65_HS1-834228961_62-HQ-83894_Section_8
Agency: FBI
Page 21
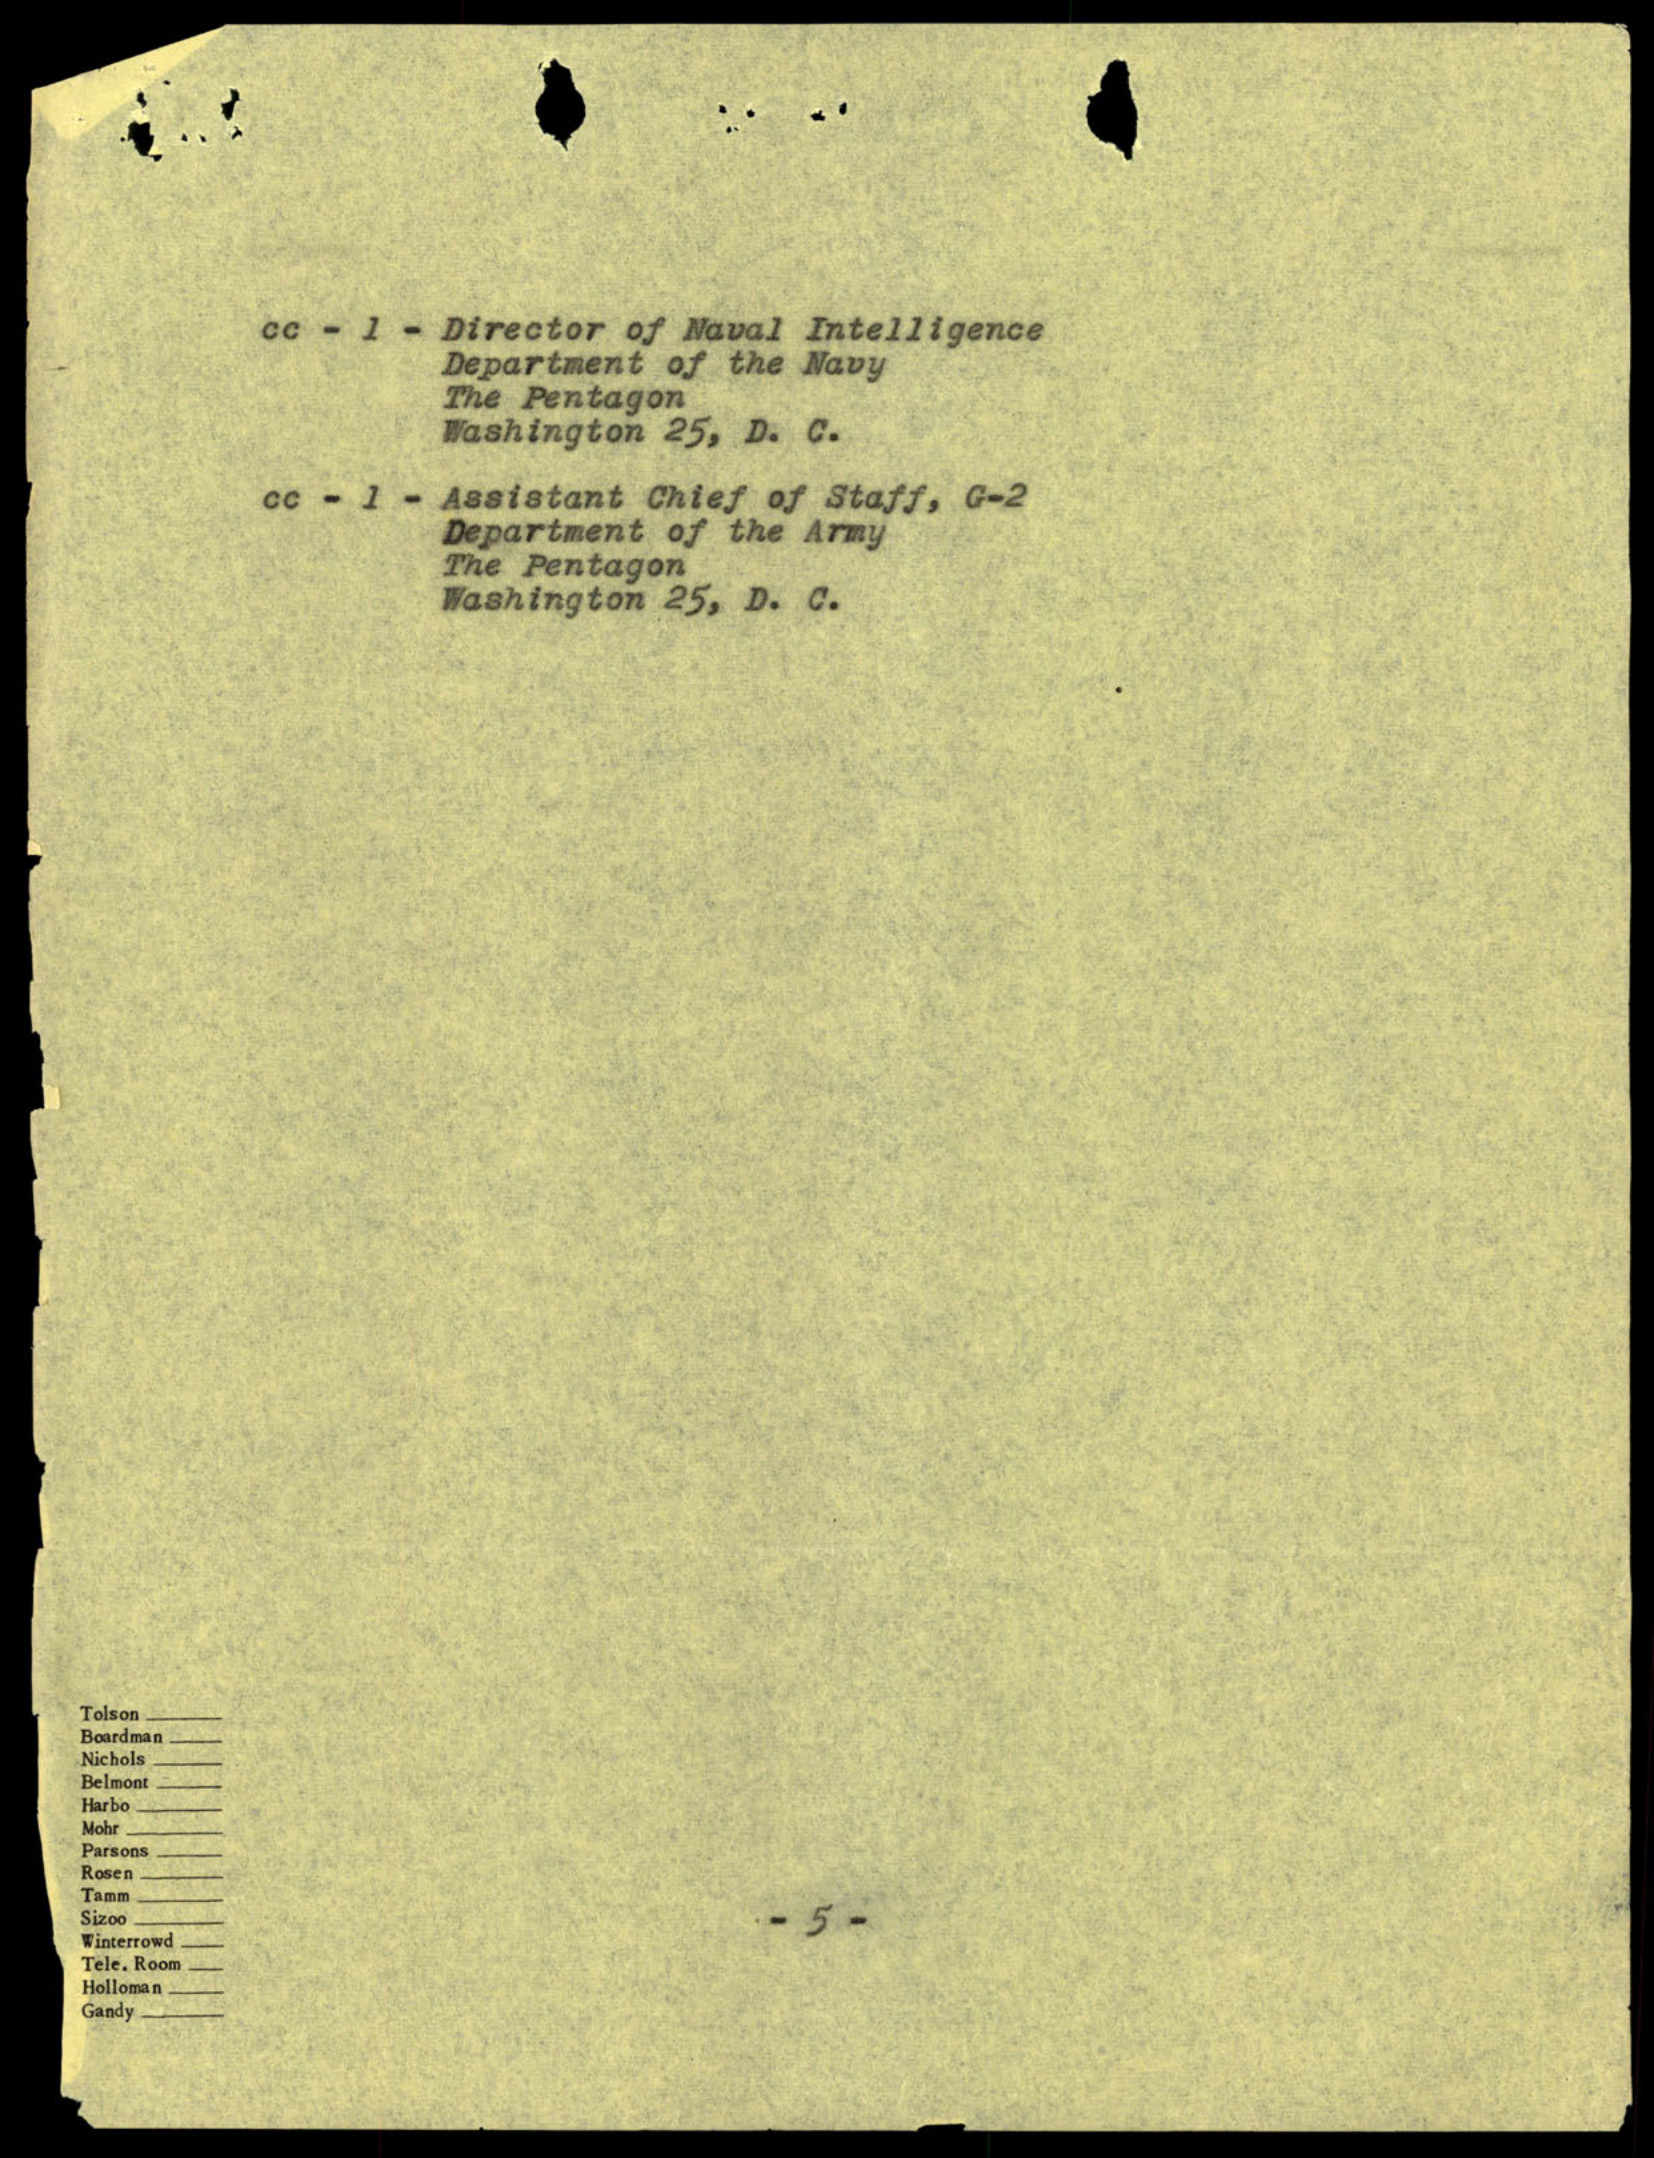